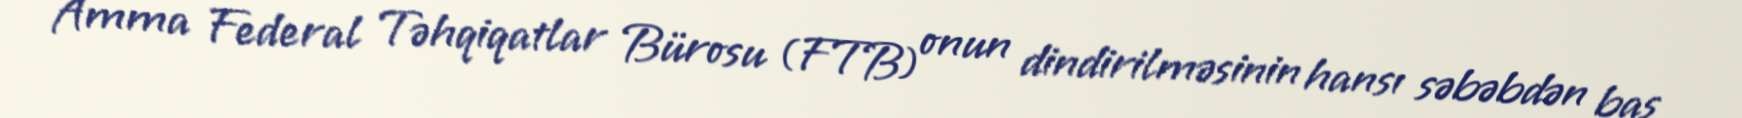
Amma Federal Təhqiqatlar Bürosu (FTB) onun dindirilməsinin hansı səbəbdən baş